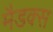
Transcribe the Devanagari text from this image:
मैडक्स